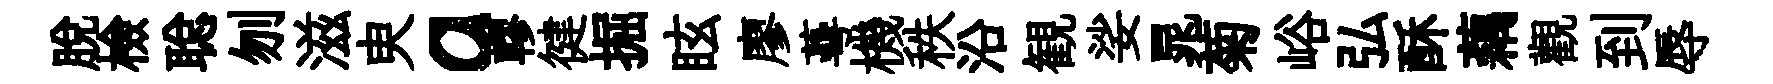
脱檢聪刎滋㬰a轇徤掘眩廖蕚機秩沿観娑晁菊峪弘酥藕觀到辱